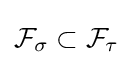
{\mathcal {F}}_{\sigma }\subset {\mathcal {F}}_{\tau }